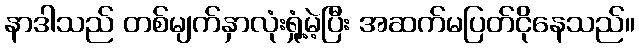
နာဒါသည် တစ်မျက်နှာလုံးရှုံ့မဲ့ပြီး အဆက်မပြတ်ငိုနေသည်။